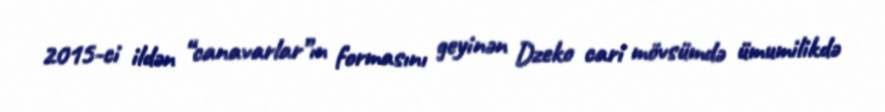
2015-ci ildən “canavarlar”ın formasını geyinən Dzeko cari mövsümdə ümumilikdə